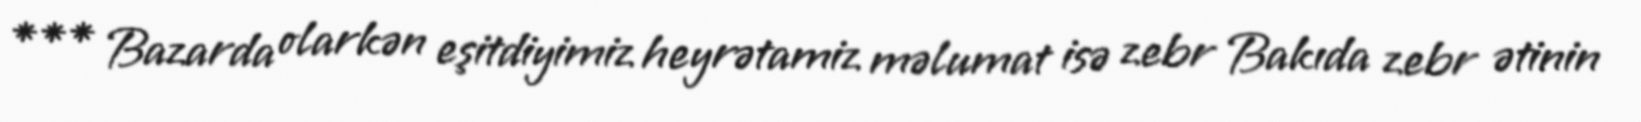
*** Bazarda olarkən eşitdiyimiz heyrətamiz məlumat isə zebr Bakıda zebr ətinin